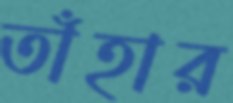
তাঁহার